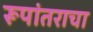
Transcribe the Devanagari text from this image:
रूपांतराचा